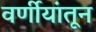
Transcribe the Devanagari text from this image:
वर्णीयांतून